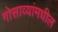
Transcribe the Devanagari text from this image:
गोसाव्यांमधील